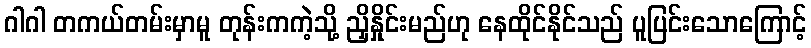
ဂါဂါ တကယ်တမ်းမှာမူ တုန်းကကဲ့သို့ ညှိနှိုင်းမည်ဟု နေထိုင်နိုင်သည် ပူပြင်းသောကြောင့်